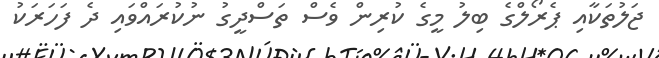
ޖަލުތަކާއި ޕެރޯލްގެ ބިލު މީގެ ކުރިން ވެސް ތަސްދީގު ނުކުރައްވައި ދެ ފަހަރަކު